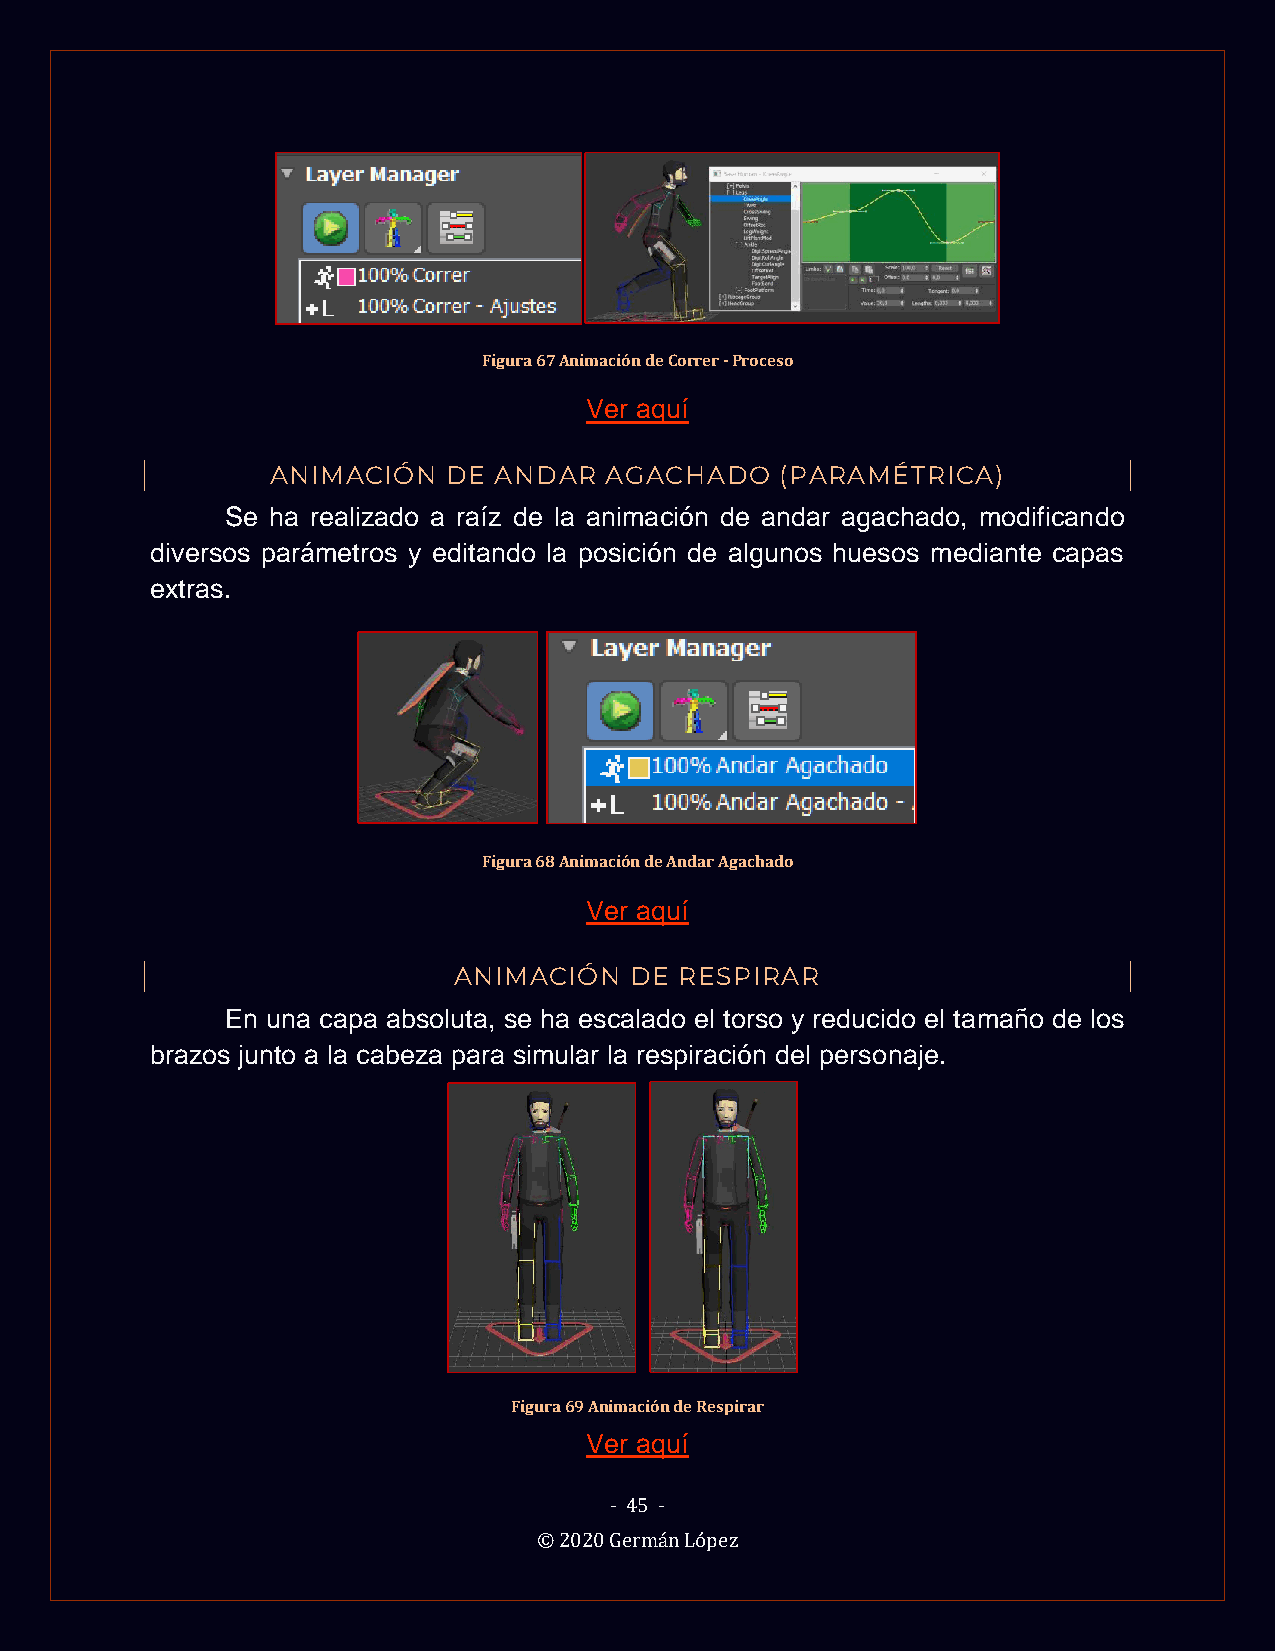
Figura 67 Animación de Correr - Proceso
 Ver aquí
 ANIMACIÓN   DE ANDAR  AGACHADO    (PARAMÉTRICA)
 Se ha realizado a raíz de la animación de andar agachado, modificando
 diversos parámetros y editando la posición de algunos huesos mediante capas
 extras.
 Figura 68 Animación de Andar Agachado
 Ver aquí
 ANIMACIÓN   DE RESPIRAR
 En una capa absoluta, se ha escalado el torso y reducido el tamaño de los
 brazos junto a la cabeza para simular la respiración del personaje.
 Figura 69 Animación de Respirar
 Ver aquí
 - 45 -
 © 2020 Germán López